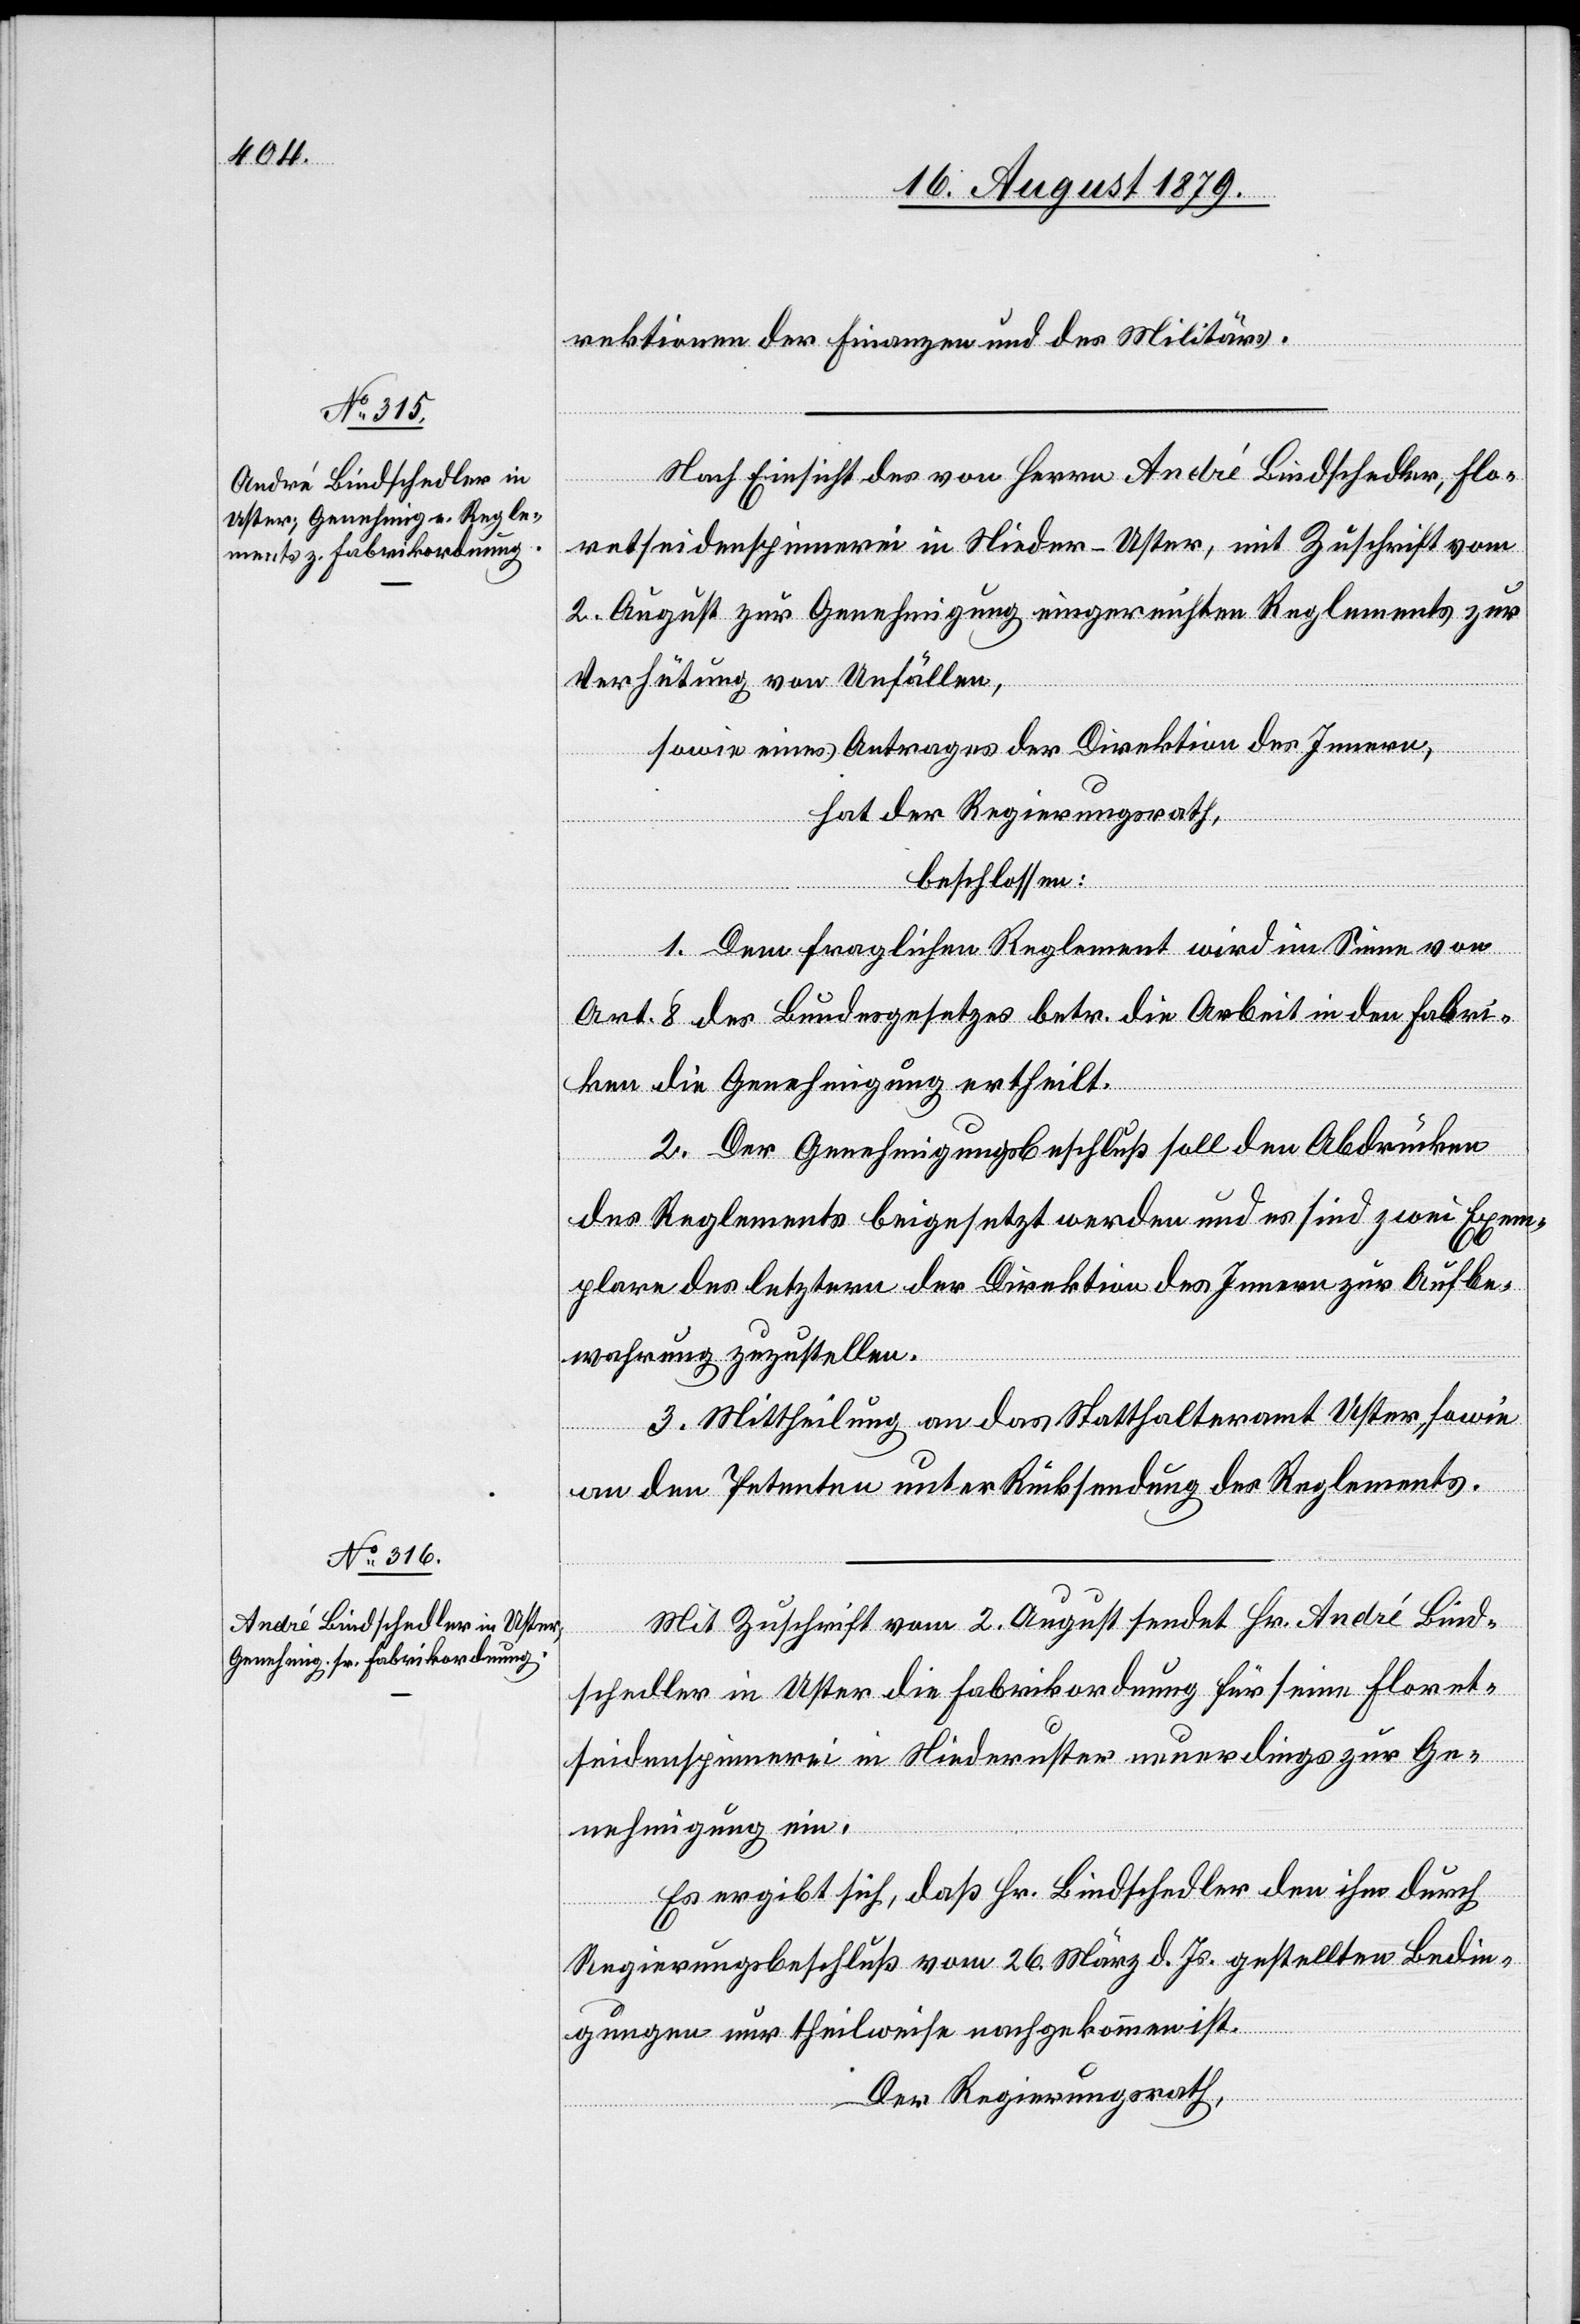
rektionen der Finanzen und des Militärs.
Nach Einsicht der von Herrn André Bindschedler, Flo¬
retseidenspinnerei in Nieder-Uster, mit Zuschrift vom
2. August zur Genehmigung eingereichten Reglements zur
Verhütung von Unfällen,
sowie eines Antrages der Direktion des Innern,
hat der Regierungsrath,
beschlossen:
1. Dem fraglichen Reglement wird im Sinne von
Art. 8 des Bundesgesetzes betr. die Arbeit in den Fabri¬
ken die Genehmigung ertheilt.
2. Der Genehmigungsbeschluß soll den Abdrücken
des Reglements beigesetzt werden und es sind zwei Exem¬
plare des letztern der Direktion des Innern zur Aufbe¬
wahrung zuzustellen.
3. Mittheilung an das Statthalteramt Uster, sowie
an den Petenten unter Rücksendung des Reglements.
Mit Zuschrift vom 2. August sendet Hr. André Bind¬
schedler in Uster die Fabrikordnung für seine Floret¬
seidenspinnerei in Niederuster neuerdings zur Ge¬
nehmigung ein.
Es ergibt sich, daß Hr. Bindschedler den ihm durch
Regierungsbeschluß vom 26. März d. Js. gestellten Bedin¬
gungen nur theilweise nachgekommen ist.
Der Regierungsrath,